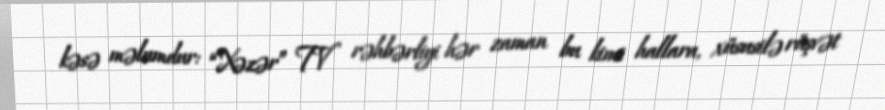
kəsə məlumdur: “Xəzər” TV rəhbərliyi hər zaman bu kimi hallara, xüsusilə rüşvət